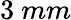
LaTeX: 3~mm